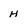
Character: H